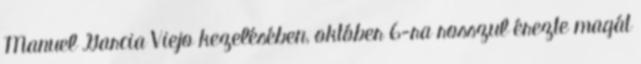
Manuel Garcia Viejo kezelésében, október 6-ra rosszul érezte magát